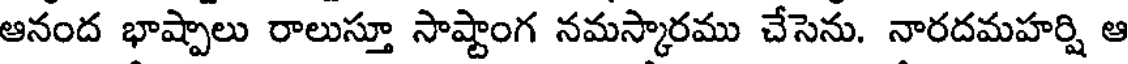
ఆనంద భాష్పాలు రాలుస్తూ సాష్టాంగ నమస్కారము చేసెను. నారదమహర్షి ఆ